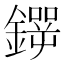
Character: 𲇢